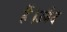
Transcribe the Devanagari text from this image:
हैं।उबैद